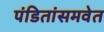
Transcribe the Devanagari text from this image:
पंडितांसमवेत